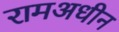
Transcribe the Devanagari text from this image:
रामअधीन